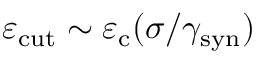
\varepsilon _ { \mathrm { c u t } } \sim \varepsilon _ { \mathrm { c } } ( \sigma / \gamma _ { \mathrm { s y n } } )